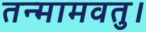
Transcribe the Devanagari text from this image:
तन्मामवतु।